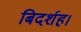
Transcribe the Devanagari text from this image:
बिदर्शह।